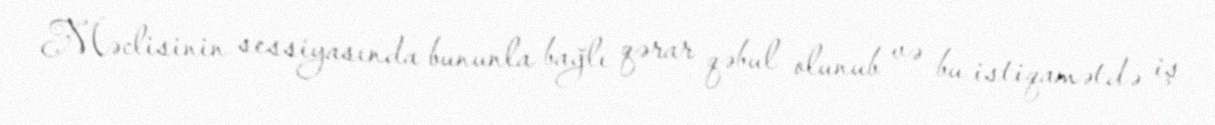
Məclisinin sessiyasında bununla bağlı qərar qəbul olunub və bu istiqamətdə iş